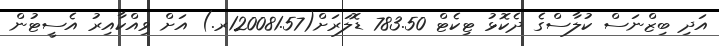
އަދި ބިޒްނަސް ކުލާސްގެ ދެކޮޅު ޓިކެޓް 783.50 ޑޮލަރަށް(120081.57ރ.) އަށް ވިއްކާއިރު އެސީޓުން